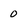
Character: 0